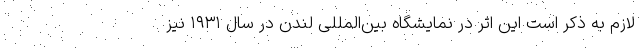
لازم به ذکر است این اثر در نمایشگاه بین‌المللی لندن در سال ۱۹۳۱ نیز